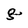
Character: g